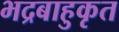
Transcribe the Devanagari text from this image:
भद्रबाहुकृत